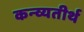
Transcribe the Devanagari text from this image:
कन्व्यतीर्थ